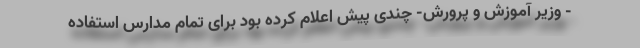
- وزیر آموزش و پرورش- چندی پیش اعلام کرده بود برای تمام مدارس استفاده